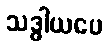
သဒ္ဓါယပေ